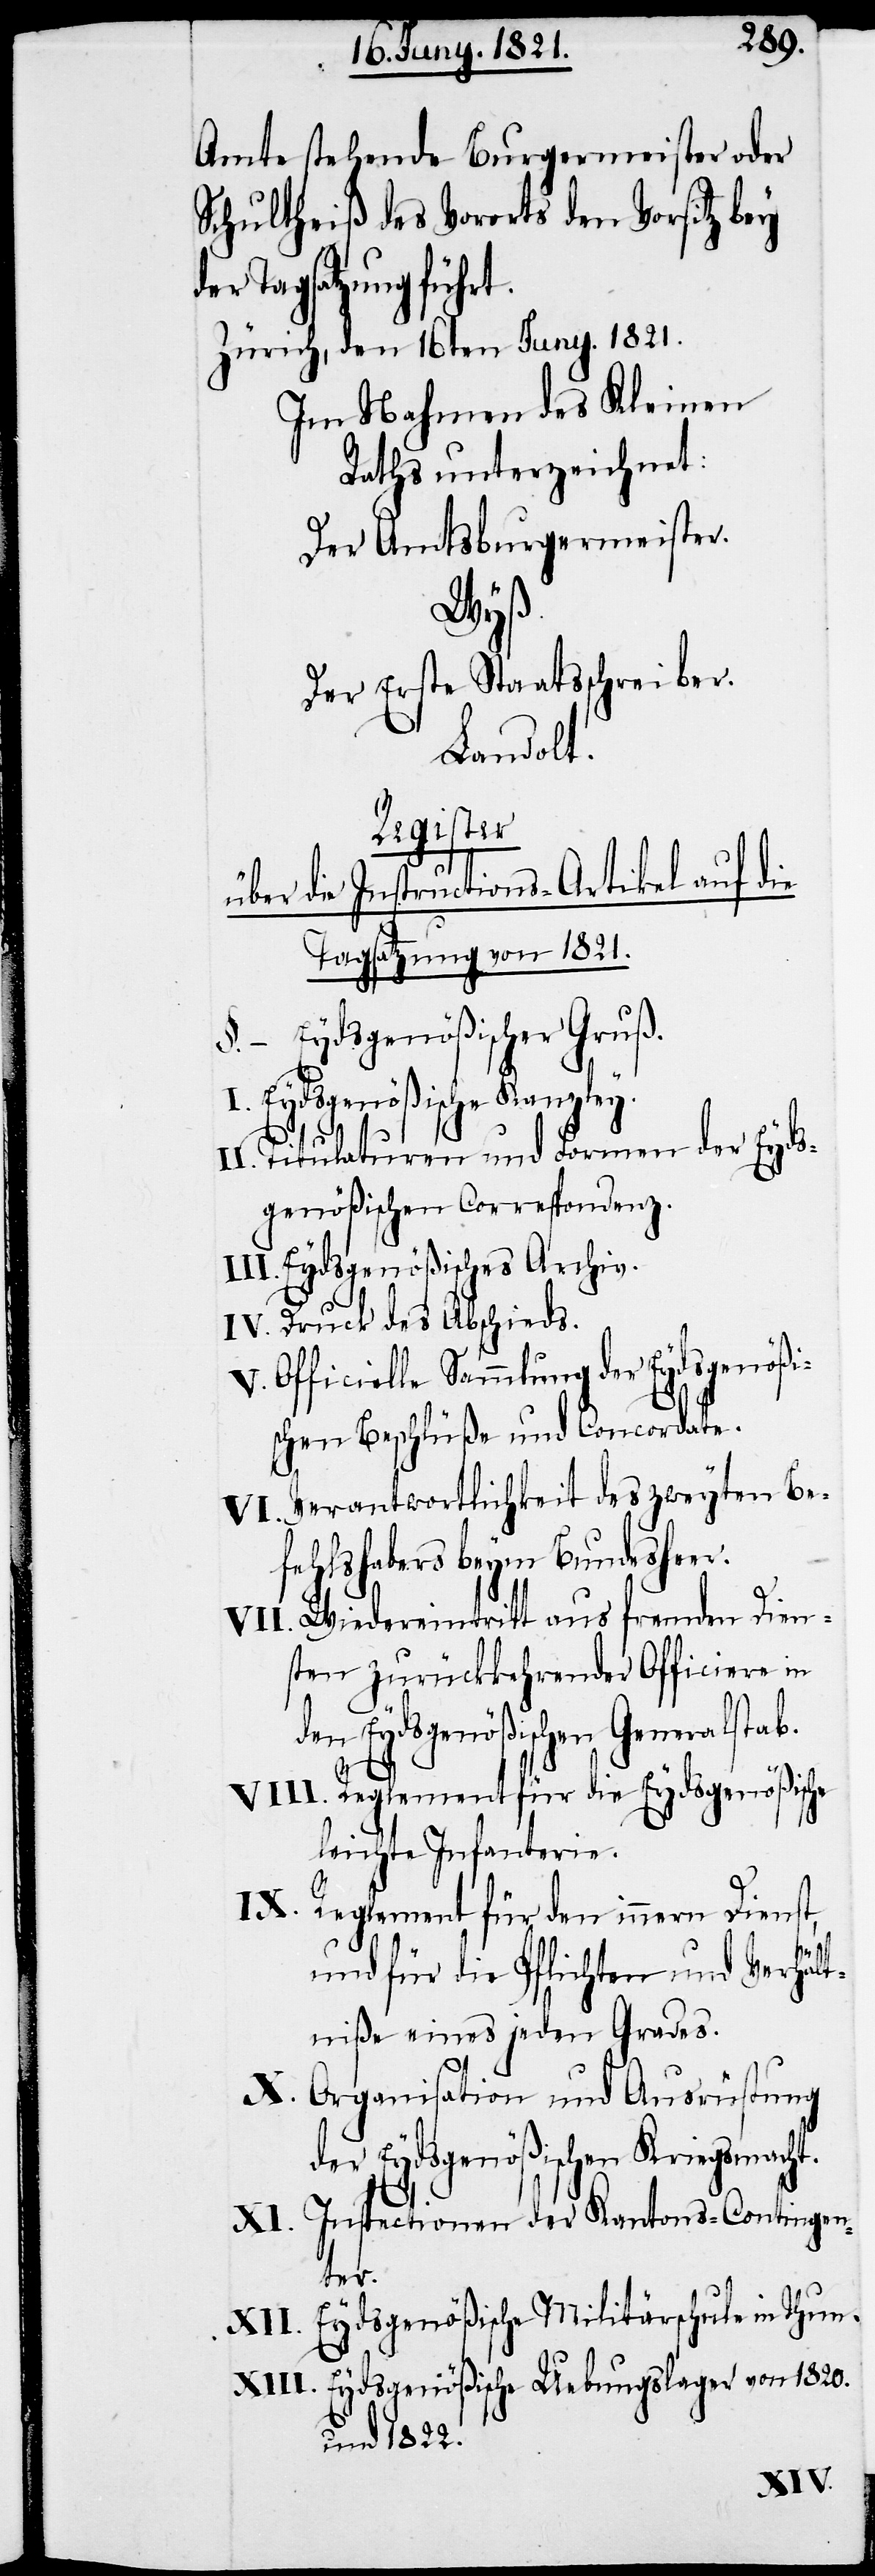
Amte stehende Burgermeister oder
Schultheiß des Vororts den Vorsitz bey
der Tagsatzung führt.
Zürich, den 16ten Juny 1821.
Im Nahmen des Kleinen
Raths unterzeichnet:
Der Amtsburgermeister.
Wyß.
Der Erste Staatsschreiber.
Landolt.
Register
über Instructions-Artikel auf die
Tagsatzung von 1821.
Eydsgenößischer Gruß.
Eydsgenößische Kanzley.
Titulaturen und Formen der Eyds¬
genößischen Correspondenz.
Eydsgenößisches Archiv.
Druck des Abschieds.
Officielle Sammlung der Eydsgenößi¬
schen Beschlüße und Concordate.
Verantwortlichkeit des zweyten Be¬
fehlshabers beym Bundesheer.
Wiedereintritt aus fremden Dien¬
sten zurückgekehrter Officiere in
den Eydsgenößischen Generalstab.
Reglement für die Eydsgenößische
leichte Infanterie.
Reglement für den innern Dienst
und für die Pflichten und Verhält¬
niße eines jeden Grades.
Organisation und Ausrüstung
der Eydsgenößischen Kriegsmacht.
Instructionen der Kantons-Contingen¬
ter.
Eydsgenößische Militärschule in Thun.
Eydsgenößische Uebungslager von 1820.
und 1822.